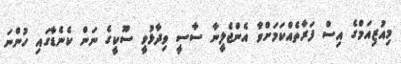
މިއުޒިއަމްގެ އިސް ފަރާތެއްކަމަށްވާ އެންޖެލީނާ ސާސީ ވިދާޅުވީ ސޫކީގެ ނަން ކެނެޑާގައި ހުންނަ